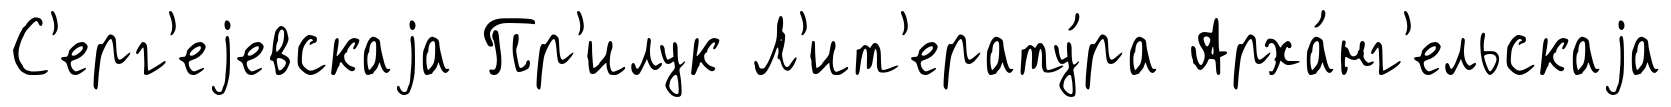
С'ерг'еjевскаjа Пр'илук Л'ит'ерату́ра Арха́нг'ельскаjа